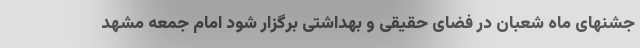
جشنهای ماه شعبان در فضای حقیقی و بهداشتی برگزار شود امام جمعه مشهد